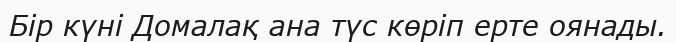
Бір күні Домалақ ана түс көріп ерте оянады.